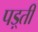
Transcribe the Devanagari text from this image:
पड़्ती